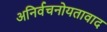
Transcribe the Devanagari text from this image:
अनिर्वचनोयतावाद